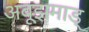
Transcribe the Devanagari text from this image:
अबूझमाड्